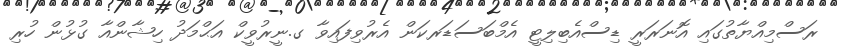
ރަސްމިއްޔާތުގައި އޮނަރަރީ ޑިސްއެބިލިޓީ އެމްބަސަޑަރކަން އެރުވިފައިވާ ގ.ނީރުވީކް އަޙްމަދު ހިޝާންއާ ގުޅުން ހުރި